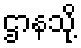
ဌာနသို့